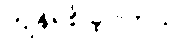
ကျန်ရစ် ခဲ့ပါတယ်။